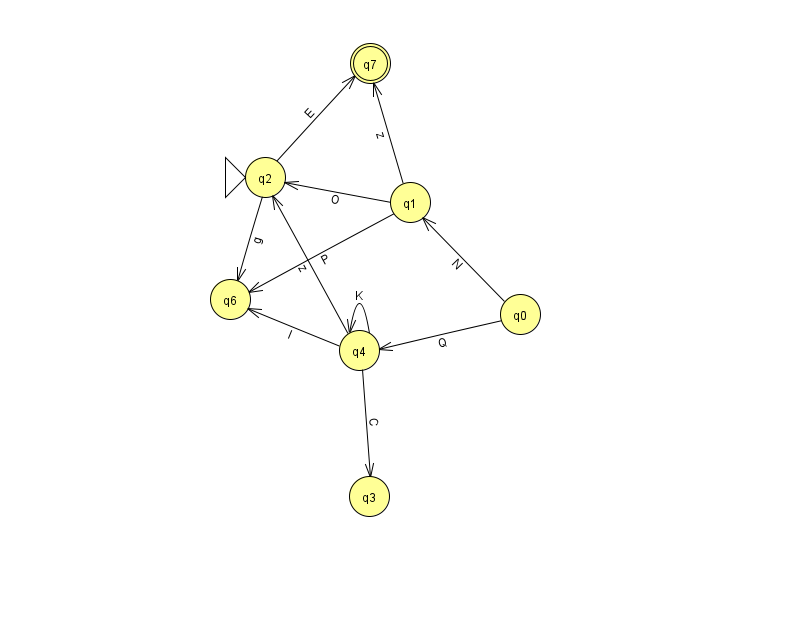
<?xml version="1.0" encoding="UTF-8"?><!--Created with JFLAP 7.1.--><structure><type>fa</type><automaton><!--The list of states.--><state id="0" name="q0"><x>520.0</x><y>301.0</y></state><state id="1" name="q1"><x>410.0</x><y>189.0</y></state><state id="2" name="q2"><x>265.0</x><y>164.0</y><initial/></state><state id="3" name="q3"><x>369.0</x><y>483.0</y></state><state id="4" name="q4"><x>359.0</x><y>337.0</y></state><state id="6" name="q6"><x>230.0</x><y>286.0</y></state><state id="7" name="q7"><x>370.0</x><y>50.0</y><final/></state><!--The list of transitions.--><transition><from>2</from><to>6</to><read>g</read></transition><transition><from>4</from><to>2</to><read>z</read></transition><transition><from>0</from><to>1</to><read>N</read></transition><transition><from>1</from><to>7</to><read>z</read></transition><transition><from>0</from><to>4</to><read>Q</read></transition><transition><from>1</from><to>6</to><read>P</read></transition><transition><from>4</from><to>6</to><read>I</read></transition><transition><from>4</from><to>3</to><read>C</read></transition><transition><from>4</from><to>4</to><read>K</read></transition><transition><from>2</from><to>7</to><read>E</read></transition><transition><from>1</from><to>2</to><read>O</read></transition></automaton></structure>